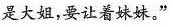
是大姐，要让着妹妹。”